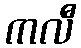
ကလီ